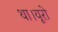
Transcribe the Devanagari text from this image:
था।यूरो